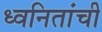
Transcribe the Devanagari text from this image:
ध्वनितांची